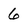
Character: 6